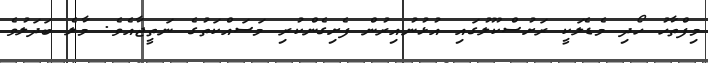
މިފްތާހު ހޯދި މެޑެލަކީ ރަށުސްކޫލުގައި އުޅުނުއިރުން ފެށިގެންކުރި މަސައްކަތުގެ ނަތީޖާއެވެ. މާލެ ބަދަލުވެ